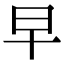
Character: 早